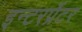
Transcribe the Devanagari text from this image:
इन्टरर्प्रेटर